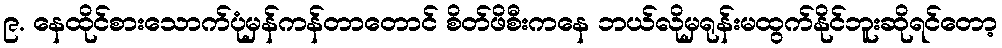
၉. နေထိုင်စားသောက်ပုံမှန်ကန်တာတောင် စိတ်ဖိစီးကနေ ဘယ်လိုမှရုန်းမထွက်နိုင်ဘူးဆိုရင်တော့